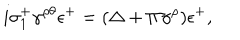
LaTeX: i \sigma _ { 1 } ^ { + } \gamma ^ { \rho \theta } \epsilon ^ { + } = ( \Delta + \Pi \gamma ^ { \rho } ) \epsilon ^ { + } ,